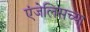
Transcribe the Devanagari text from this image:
एंजेलिसच्या